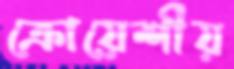
ক্রোয়েশীয়